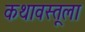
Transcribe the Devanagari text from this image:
कथावस्तूला